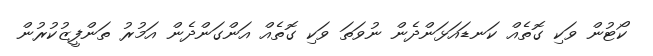
ކޯޓުން ވަކި ގޮތެއް ކަނޑައަޅަންދެން ނުވަތަ ވަކި ގޮތެއް އަންގަންދެން އަމުރު ތަންފީޒުކުރުން